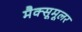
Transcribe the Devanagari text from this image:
मैक्सूमूलर